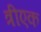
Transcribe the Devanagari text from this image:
त्रीएक